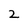
Character: 2